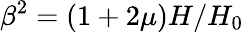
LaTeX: \beta^{2}=\left(1+2\mu\right)H/H_{0}\;